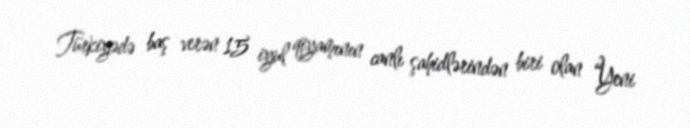
Türkiyədə baş verən 15 iyul qiyamının canlı şahidlərindən biri olan “Yeni